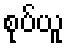
စုပ်ယူ